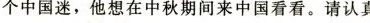
个中国迷,他想在中秋期间来中国看看.请认真